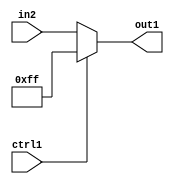
`timescale 1ps / 1ps
/*****************************************************************************
    Verilog RTL Description
    
    
    Created by: Stratus DpOpt 21.05.01 
*******************************************************************************/

module SobelFilter_N_Mux_32_2_119_1 (
	in2,
	ctrl1,
	out1
	); /* architecture "behavioural" */ 
input [31:0] in2;
input  ctrl1;
output [31:0] out1;
wire [31:0] asc001;

reg [31:0] asc001_tmp_0;
assign asc001 = asc001_tmp_0;
always @ (ctrl1 or in2) begin
	case (ctrl1)
		1'B1 : asc001_tmp_0 = 32'B00000000000000000000000011111111 ;
		default : asc001_tmp_0 = in2 ;
	endcase
end

assign out1 = asc001;
endmodule

/* CADENCE  uLnxTw4= : u9/ySxbfrwZIxEzHVQQV8Q== ** DO NOT EDIT THIS LINE ******/